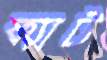
ক্যাট